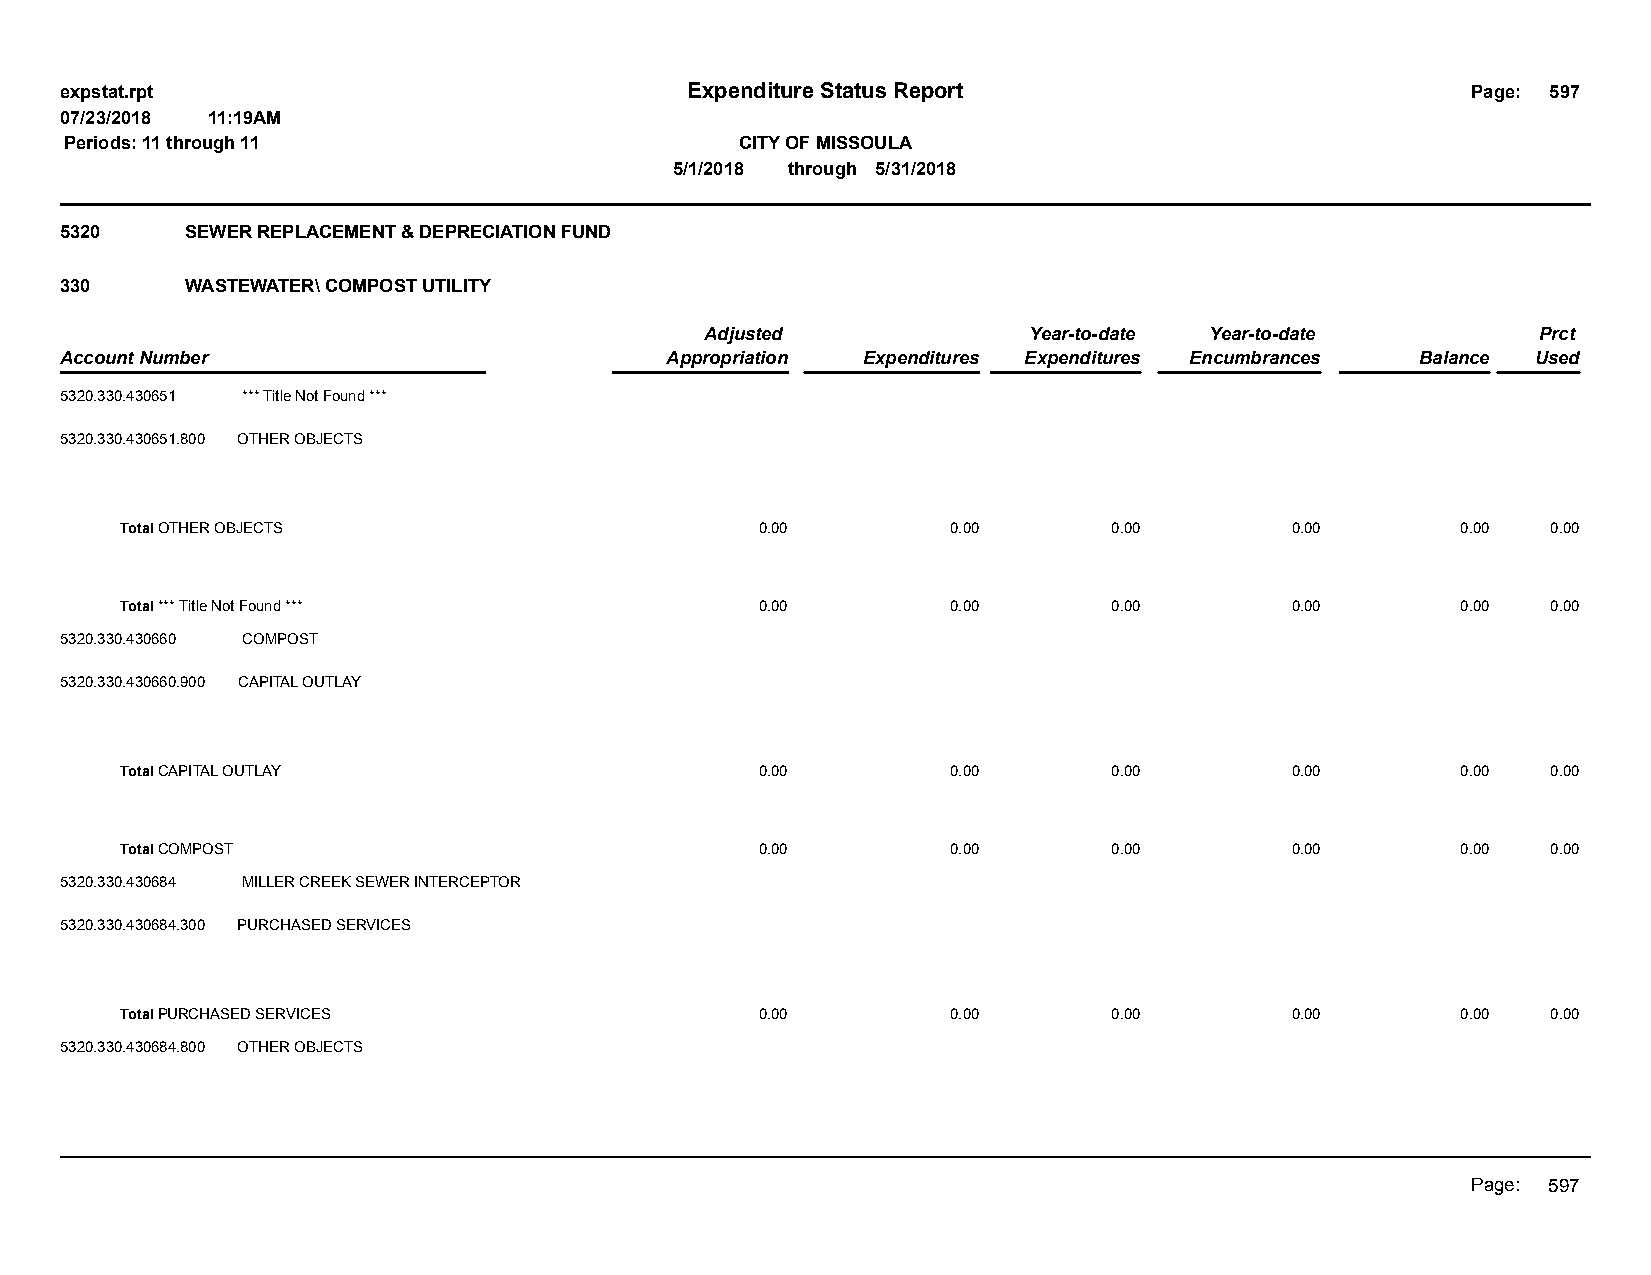
expstat.rpt                              Expenditure Status Report                           Page: 597
 07/23/2018 11:19AM
 Periods: 11 through 11                       CITY OF MISSOULA
 5/1/2018 through 5/31/2018
 5320    SEWER REPLACEMENT & DEPRECIATION FUND
 330     WASTEWATER\ COMPOST UTILITY
 Adjusted             Year-to-date Year-to-date         Prct
 Account Number                          Appropriation Expenditures Expenditures Encumbrances Balance Used
 5320.330.430651 *** Title Not Found ***
 5320.330.430651.800 OTHER OBJECTS
 Total OTHER OBJECTS                       0.00         0.00       0.00       0.00        0.00  0.00
 Total *** Title Not Found ***             0.00         0.00       0.00       0.00        0.00  0.00
 5320.330.430660 COMPOST
 5320.330.430660.900 CAPITAL OUTLAY
 Total CAPITAL OUTLAY                      0.00         0.00       0.00       0.00        0.00  0.00
 Total COMPOST                             0.00         0.00       0.00       0.00        0.00  0.00
 5320.330.430684 MILLER CREEK SEWER INTERCEPTOR
 5320.330.430684.300 PURCHASED SERVICES
 Total PURCHASED SERVICES                  0.00         0.00       0.00       0.00        0.00  0.00
 5320.330.430684.800 OTHER OBJECTS
 Page: 597